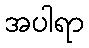
အပါရာ